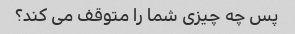
پس چه چیزی شما را متوقف می کند؟